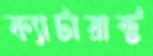
ক্যাটারাক্ট